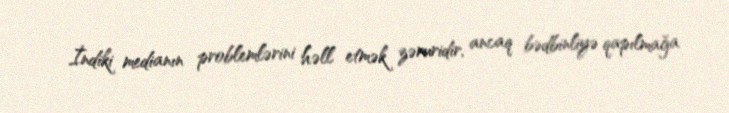
İndiki medianın problemlərini həll etmək zəruridir, ancaq bədbinliyə qapılmağa